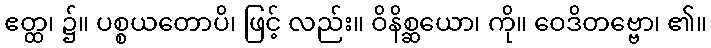
ဧတ္ထ၊ ၌။ ပစ္စယတောပိ၊ ဖြင့် လည်း။ ဝိနိစ္ဆယော၊ ကို။ ဝေဒိတဗ္ဗော၊ ၏။